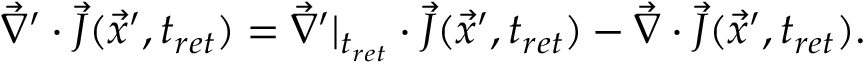
\vec { \nabla } ^ { \prime } \cdot \vec { J } ( \vec { x } ^ { \prime } , t _ { r e t } ) = \vec { \nabla } ^ { \prime } | _ { t _ { r e t } } \cdot \vec { J } ( \vec { x } ^ { \prime } , t _ { r e t } ) - \vec { \nabla } \cdot \vec { J } ( \vec { x } ^ { \prime } , t _ { r e t } ) .